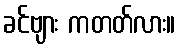
ခင်ဗျား ကတတ်လား။